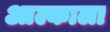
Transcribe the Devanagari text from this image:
आल्काला